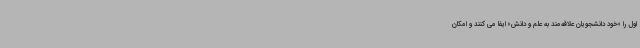
اول را «خود دانشجویان علاقه‌مند به علم و دانش» ایفا می کنند و امکان